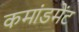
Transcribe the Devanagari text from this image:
कमांडमेंट